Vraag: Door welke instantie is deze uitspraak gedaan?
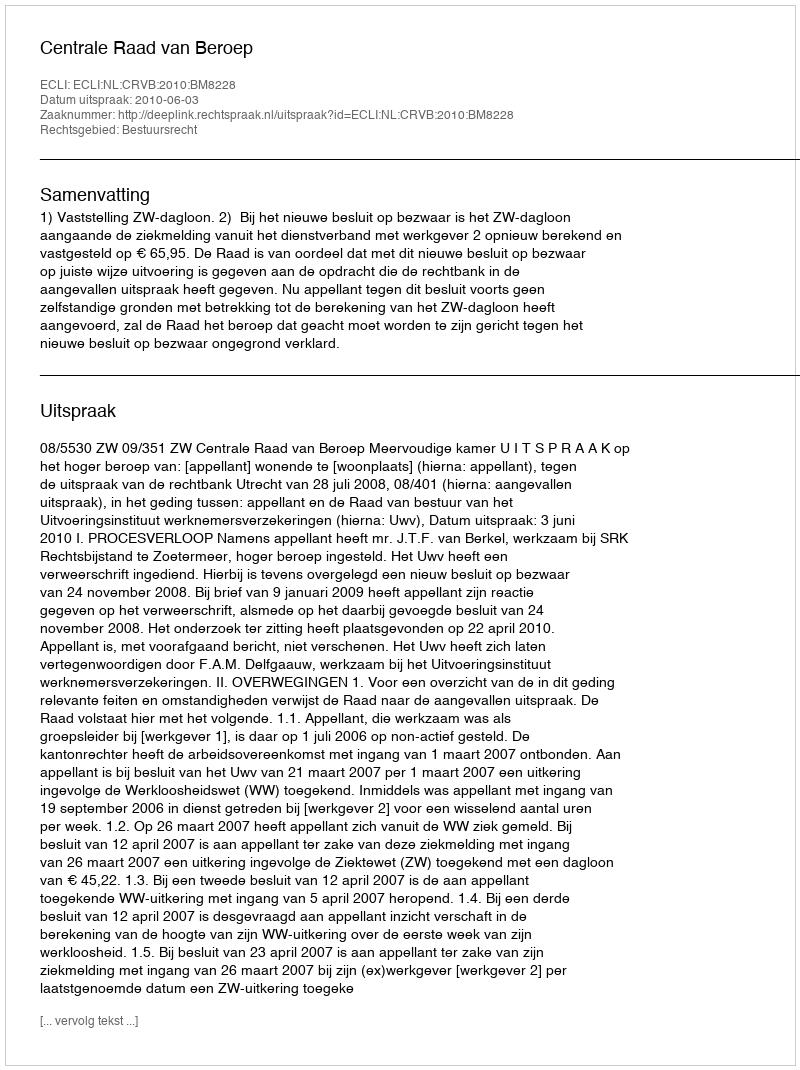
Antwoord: Centrale Raad van Beroep